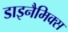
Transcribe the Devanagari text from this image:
डाइनैमिक्स